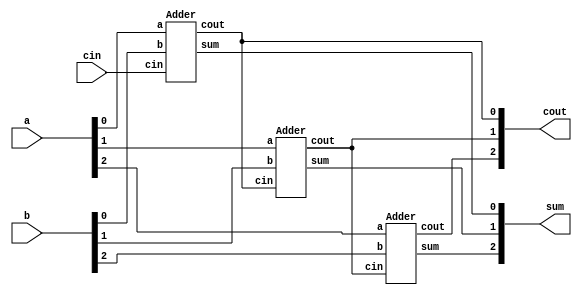
module top_module( 
    input [2:0] a, b,
    input cin,
    output [2:0] cout,
    output [2:0] sum 
);
    Adder adder0 (.cout(cout[0]), .sum(sum[0]), .a(a[0]), .b(b[0]), .cin(cin));
    Adder adder1 (.cout(cout[1]), .sum(sum[1]), .a(a[1]), .b(b[1]), .cin(cout[0]));
    Adder adder2 (.cout(cout[2]), .sum(sum[2]), .a(a[2]), .b(b[2]), .cin(cout[1]));

endmodule

module Adder( 
    input a, b, cin,
    output cout, sum
);
    assign {cout,sum} = a + b + cin;

endmodule